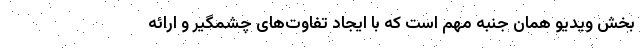
بخش ویدیو همان جنبه مهم است که با ایجاد تفاوت‌های چشمگیر و ارائه